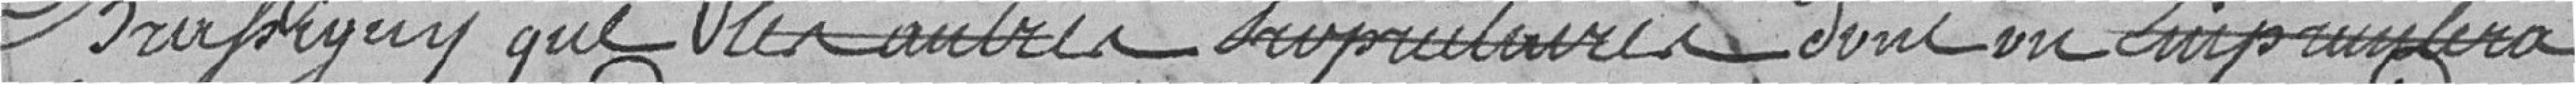
BRUSIGNY que les autres propriétaires dont on empruntera